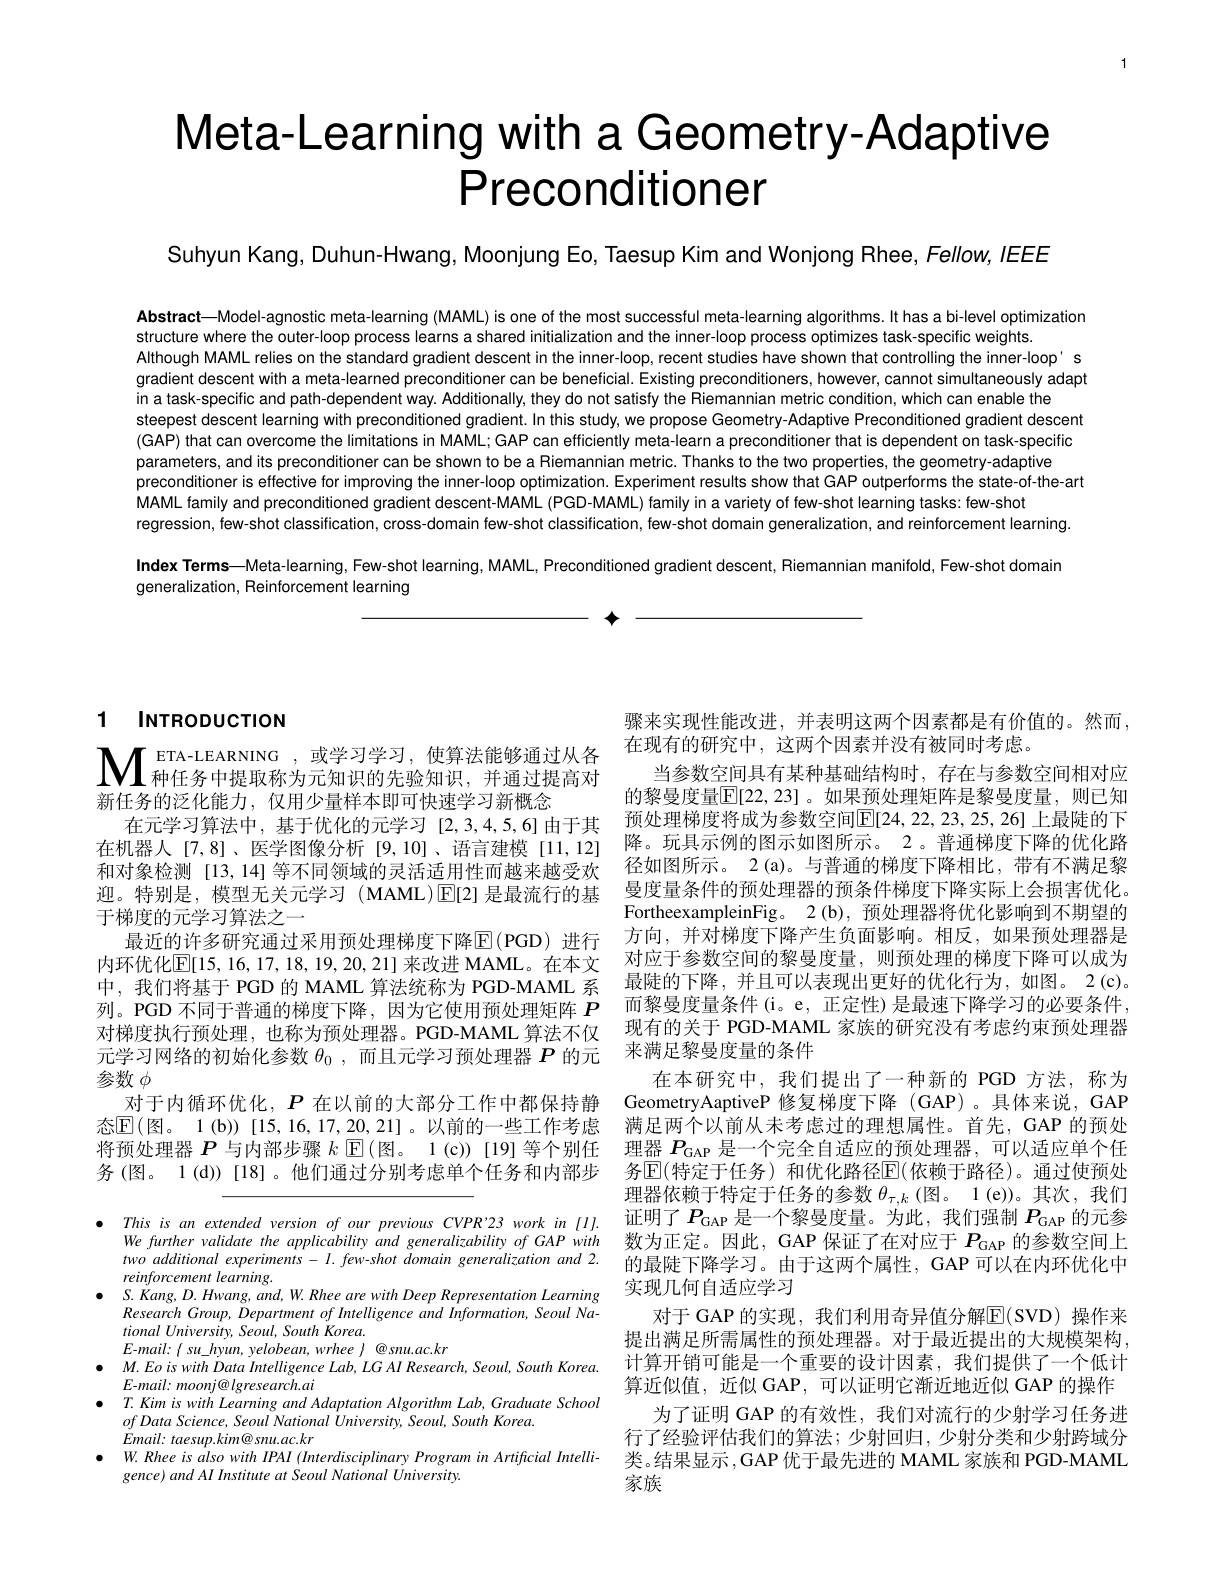
# Meta-Learning with a Geometry-Adaptive $\mathsf{Preconditioner}$

Suhyun Kang, Duhun-Hwang, Moonjung Eo, Taesup Kim and Wonjong Rhee, Fellow, IEEE

Abstract—Model-agnostic meta-learning (MAML) is one of the most successful meta-learning algorithms. It has a bi-level optimization
structure where the outer-loop process learns a shared initialization and the inner-loop process optimizes task-specific weights.
Although MAML relies on the standard gradient descent in the inner-loop, recent studies have shown that controlling the inner-loop' s gradient descent with a meta-learned preconditioner can be beneficial. Existing preconditioners, however, cannot simultaneously adapt in a task-specific and path-dependent way. Additionally, they do not satisfy the Riemannian metric condition, which can enable the
steepest descent learning with preconditioned gradient. In this study, we propose Geometry-Adaptive Preconditioned gradient descent (GAP) that can overcome the limitations in MAML; GAP can efficiently meta-learn a preconditioner that is dependent on task-specific parameters, and its preconditioner can be shown to be a Riemannian metric. Thanks to the two properties, the geometry-adaptive
preconditioner is effective for improving the inner-loop optimization. Experiment results show that GAP outperforms the state-of-the-art
MAML family and preconditioned gradient descent-MAML (PGD-MAML) family in a variety of few-shot learning tasks: few-shot
regression, few-shot classification, cross-domain few-shot classification, few-shot domain generalization, and reinforcement learning. Index Terms—Meta-learning, Few-shot learning, MAML, Preconditioned gradient descent, Riemannian manifold, Few-shot domain generalization, Reinforcement learning

$\textbf{个 }$

# 1 $INTRODUCTION$

$\mathbf{M}_{\text{ 种任务中提取称为元知识的先验知识，并通过提高对}}^{\text{ETA-LEARNING }}$,或学习学习，使算法能够通过从各

新任务的泛化能力，仅用少量样本即可快速学习新概念
在元学习算法中，基于优化的元学习[2,3,4,5,6]由于其 预处理梯度将成为参数空间$\boxed{\mathrm{E}[24,22,23,25,26]}$上最陡的下
在机器人[7,8]、医学图像分析[9,10]、语言建模[11,12] 和对象检测[13,14] 等不同领域的灵活适用性而越来越受欢迎。特别是，模型无关元学习(MAML)$\operatorname{E[2]}$是最流行的基于梯度的元学习算法之一
最近的许多研究通过采用预处理梯度下降$\overline{\mathrm{E}}($PGD)进行内环优化$\underline{\mathrm{E}}[15,16,17,18,19,20,21]$ 来改进 MAML。在本文中，我们将基于 PGD 的 MAML 算法统称为 PGD-MAML 系列。PGD 不同于普通的梯度下降，因为它使用预处理矩阵$P$ 对梯度执行预处理，也称为预处理器。PGD-MAML 算法不仅元学习网络的初始化参数$\theta_0$,而且元学习预处理器$P$的元参数$\phi$
对于内循环优化，$P$在以前的大部分工作中都保持静态$\mathbb{E}($图。1 (b)) [15, 16, 17, 20, 21] 。以前的一些工作考虑将预处理器$P$与内部步骤$k$ ▣$\mathbb{E}($图。1(c))[19]等个别任务(图。1(d))[18]。他们通过分别考虑单个任务和内部步

$\bullet$ This $is$ $an$ extended version $of$ our previous $CVPR^{\prime }23$ work $in$ [1].
We further validate the applicability and generalizability of GAP with twoadditional experiments - $I.$ few-shot domain generalization and 2. reinforcement learming.
$\bullet$ $S. \textit{Kang, D. Hwang, and, W. Rhee are with Deep Representation Learning}$
Research Group, Department of Intelligence and Information, Seoul Na-
$tionalUniversity,Seoul,SouthKorea.$
$E$-mail: $\langle$ su\_hyun, yelobean, wrhee $\rangle$ @snu.ac.kr
$\bullet$ $M. EoiswithDataIntelligence$ $Lab, LG$ $AI$ $Research, Seoul$, South $Korea.$
$E{-mail:}moonj@lgresearch.ai$
$\bullet$ $T. Kimiswith$ Learning and Adaptation Algorithm Lab, Graduate School
ofData Science, Seoul National University, Seoul, South Korea.
$Email:taesup.kim@snu.ac.kr$
$W.Rhee$ is also with IPAI (Interdisciplinary Program in Artificial Intelli-
gence) and AI Institute at Seoul National University.

骤来实现性能改进，并表明这两个因素都是有价值的。然而，
在现有的研究中，这两个因素并没有被同时考虑。
当参数空间具有某种基础结构时，存在与参数空间相对应的黎曼度量$\mathbb{E}[22,23]$。如果预处理矩阵是黎曼度量，则已知降。玩具示例的图示如图所示。2 。普通梯度下降的优化路径如图所示。2(a)。与普通的梯度下降相比，带有不满足黎曼度量条件的预处理器的预条件梯度下降实际上会损害优化。FortheexampleinFig。2(b), 预处理器将优化影响到不期望的方向，并对梯度下降产生负面影响。相反，如果预处理器是对应于参数空间的黎曼度量，则预处理的梯度下降可以成为最陡的下降，并且可以表现出更好的优化行为，如图。2(c)。而黎曼度量条件(i。e, 正定性)是最速下降学习的必要条件， 现有的关于 PGD-MAML 家族的研究没有考虑约束预处理器来满足黎曼度量的条件
在本研究中，我们提出了一种新的 PGD 方法，称为GeometryAaptiveP 修复梯度下降 (GAP)。具体来说，GAP 满足两个以前从未考虑过的理想属性。首先，GAP 的预处理器$P_\mathrm{GAP}$是一个完全自适应的预处理器，可以适应单个任务$\operatorname{E}($特定于任务)和优化路径$\operatorname{E}($依赖于路径)。通过使预处理器依赖于特定于任务的参数$\theta_\tau,k$ (图。1(e))。其次，我们证明了$P_\mathrm{GAP}$是一个黎曼度量。为此，我们强制$P_\mathrm{GAP}$的元参数为正定。因此，GAP 保证了在对应于$P_\mathrm{GAP}$的参数空间上的最陡下降学习。由于这两个属性，GAP 可以在内环优化中实现几何自适应学习
对于 GAP 的实现，我们利用奇异值分解$\mathbb{E}($SVD)操作来提出满足所需属性的预处理器。对于最近提出的大规模架构， 计算开销可能是一个重要的设计因素，我们提供了一个低计算近似值，近似 GAP,可以证明它渐近地近似 GAP 的操作
为了证明 GAP 的有效性，我们对流行的少射学习任务进行了经验评估我们的算法；少射回归，少射分类和少射跨域分类。结果显示，GAP 优于最先进的 MAML 家族和 PGD-MAML 家族